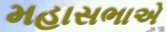
મહાસભાએ